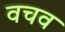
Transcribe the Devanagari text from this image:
वचव